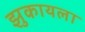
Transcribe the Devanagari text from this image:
झुकायला